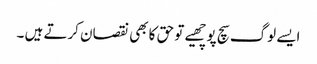
ایسے لوگ سچ پوچھیے تو حق کا بھی نقصان کرتے ہیں ۔